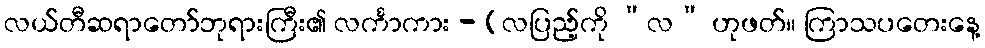
လယ်တီဆရာတော်ဘုရားကြီး၏ လင်္ကာကား - (လပြည့်ကို “လ” ဟုဖတ်။ ကြာသပတေးနေ့